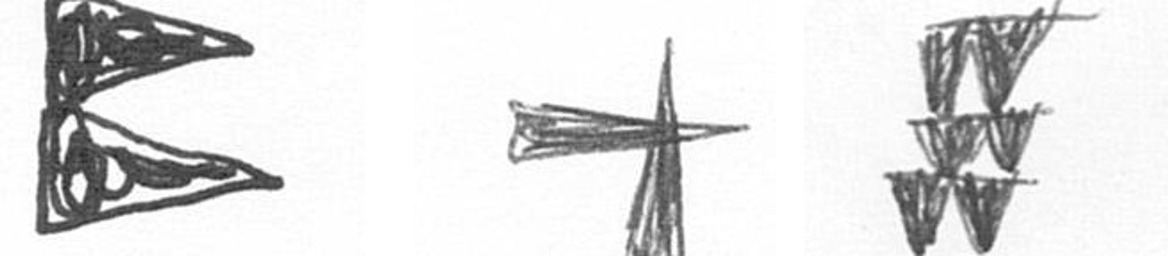
P G Y